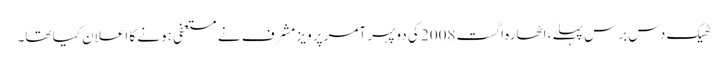
ٹھیک دس برس پہلے، اٹھارہ اگست 2008 کی دوپہر آمر پرویز مشرف نے مستعفی ہونے کا اعلان کیا تھا۔